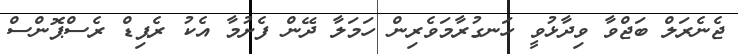
ޖެނެރަލް ބަޖްވާ ވިދާޅުވީ ހަނގުރާމަވެރިން ހަމަލާ ދޭން ފެށުމާ އެކު ރެޕިޑް ރެސްޕޮންސް